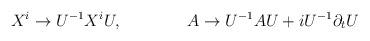
LaTeX: \begin{align*}X^i \to U^{-1} X^i U, \qquad \qquad A \to U^{-1} A U +i U^{-1}\partial_t U\end{align*}